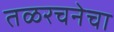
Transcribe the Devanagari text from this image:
तळरचनेचा